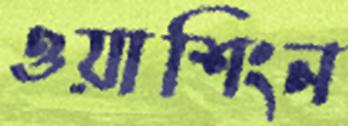
ওয়াশিংন